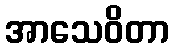
အာသေဝိတာ